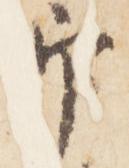
印